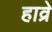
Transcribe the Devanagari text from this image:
हाव्रे